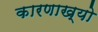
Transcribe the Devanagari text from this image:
कारणाख्यो